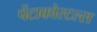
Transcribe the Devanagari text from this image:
पेंटाकोस्टल्स